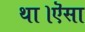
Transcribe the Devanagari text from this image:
था।ऎसा